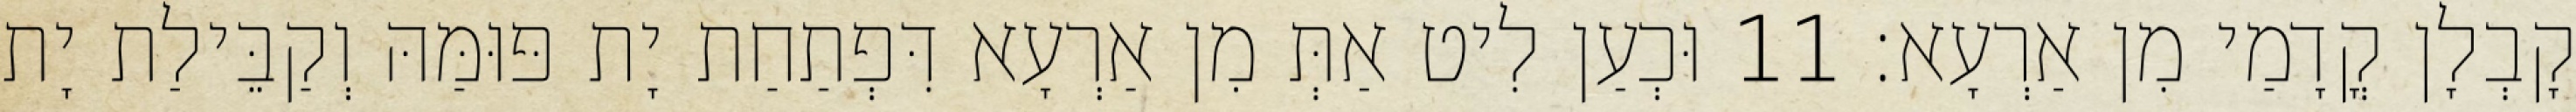
קָבְלָן קֳדָמַי מִן אַרְעָא׃ 11 וּכְעַן לִיט אַתְּ מִן אַרְעָא דִּפְתַחַת יָת פּוּמַּהּ וְקַבֵּילַת יָת